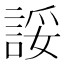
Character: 𫌽